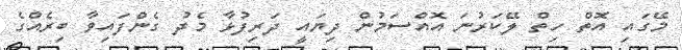
މޭގައި އޮތް ހިތް ލޭކަރުނަ އޮއްސަމުން ދިޔައީ ދަރިފުޅާ މެދު ގެންފައިވާ ބިރެއްގެ